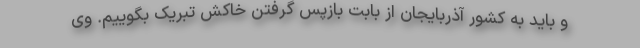
و باید به کشور آذربایجان از بابت بازپس گرفتن خاکش تبریک بگوییم. وی